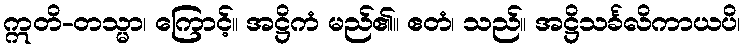
ဣတိ-တသ္မာ၊ ကြောင့်။ အဋ္ဌိကံ မည်၏။ ဧတံ၊ သည်။ အဋ္ဌိသင်္ခလိကာယပိ၊